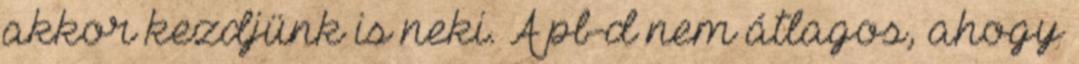
akkor kezdjünk is neki. A pb-d nem átlagos, ahogy